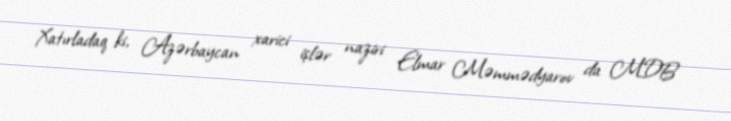
Xatırladaq ki, Azərbaycan xarici işlər naziri Elmar Məmmədyarov da MDB